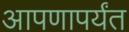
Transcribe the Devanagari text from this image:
आपणापर्यंत